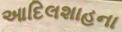
આદિલશાહના